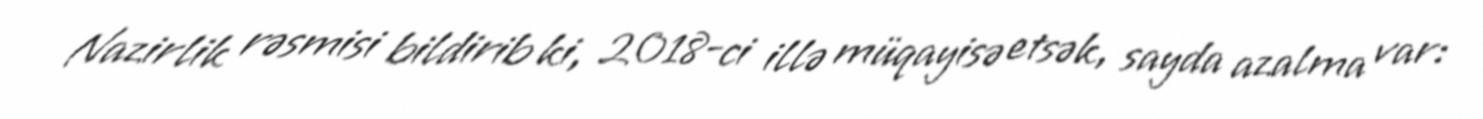
Nazirlik rəsmisi bildirib ki, 2018-ci illə müqayisə etsək, sayda azalma var: